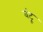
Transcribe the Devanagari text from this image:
वंटू